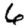
Digit: 6